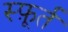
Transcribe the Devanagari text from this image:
स्फ़ूर्त